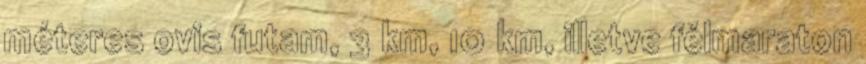
méteres ovis futam, 3 km, 10 km, illetve félmaraton